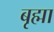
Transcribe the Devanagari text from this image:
बृह्मा